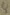
Text: 4